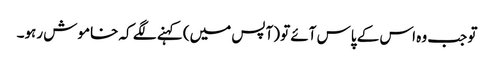
تو جب وہ اس کے پاس آئے تو (آپس میں) کہنے لگے کہ خاموش رہو۔